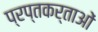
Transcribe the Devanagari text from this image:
प्रप्तकर्ताओं